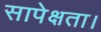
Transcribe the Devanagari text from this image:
सापेक्षता।